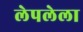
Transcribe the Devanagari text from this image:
लेपलेला